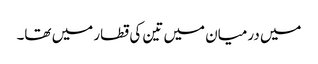
میں درمیان میں تین کی قطار میں تھا۔